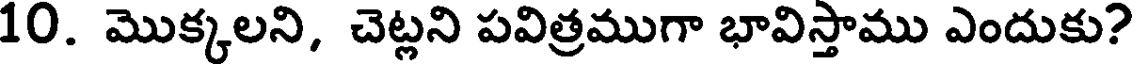
10. మొక్కలని, చెట్లని పవిత్రముగా భావిస్తాము ఎందుకు?